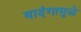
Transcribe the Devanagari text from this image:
वादंगामुळे